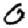
Digit: 0